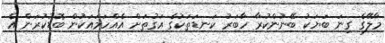
މާލޭގެ ގިނަ ބަޔަކު ބޭނުންކުރާ ހާބަރު ކަނޑަތަކުގެ އަގުތަށް އެއްހަމައަކުން ބޮޑުކުރަން އެ